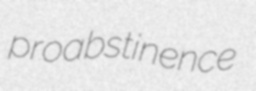
proabstinence